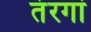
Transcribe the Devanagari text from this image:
तंरगां